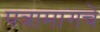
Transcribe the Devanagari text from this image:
पत्रामागचे